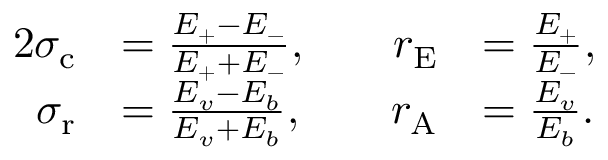
\begin{array} { r l r l } { { 2 } \sigma _ { \mathrm { c } } } & { = \frac { E _ { + } - E _ { - } } { E _ { + } + E _ { - } } , \quad } & { r _ { \mathrm { E } } } & { = \frac { E _ { + } } { E _ { - } } , } \\ { \sigma _ { \mathrm { r } } } & { = \frac { E _ { v } - E _ { b } } { E _ { v } + E _ { b } } , } & { r _ { \mathrm { A } } } & { = \frac { E _ { v } } { E _ { b } } . } \end{array}